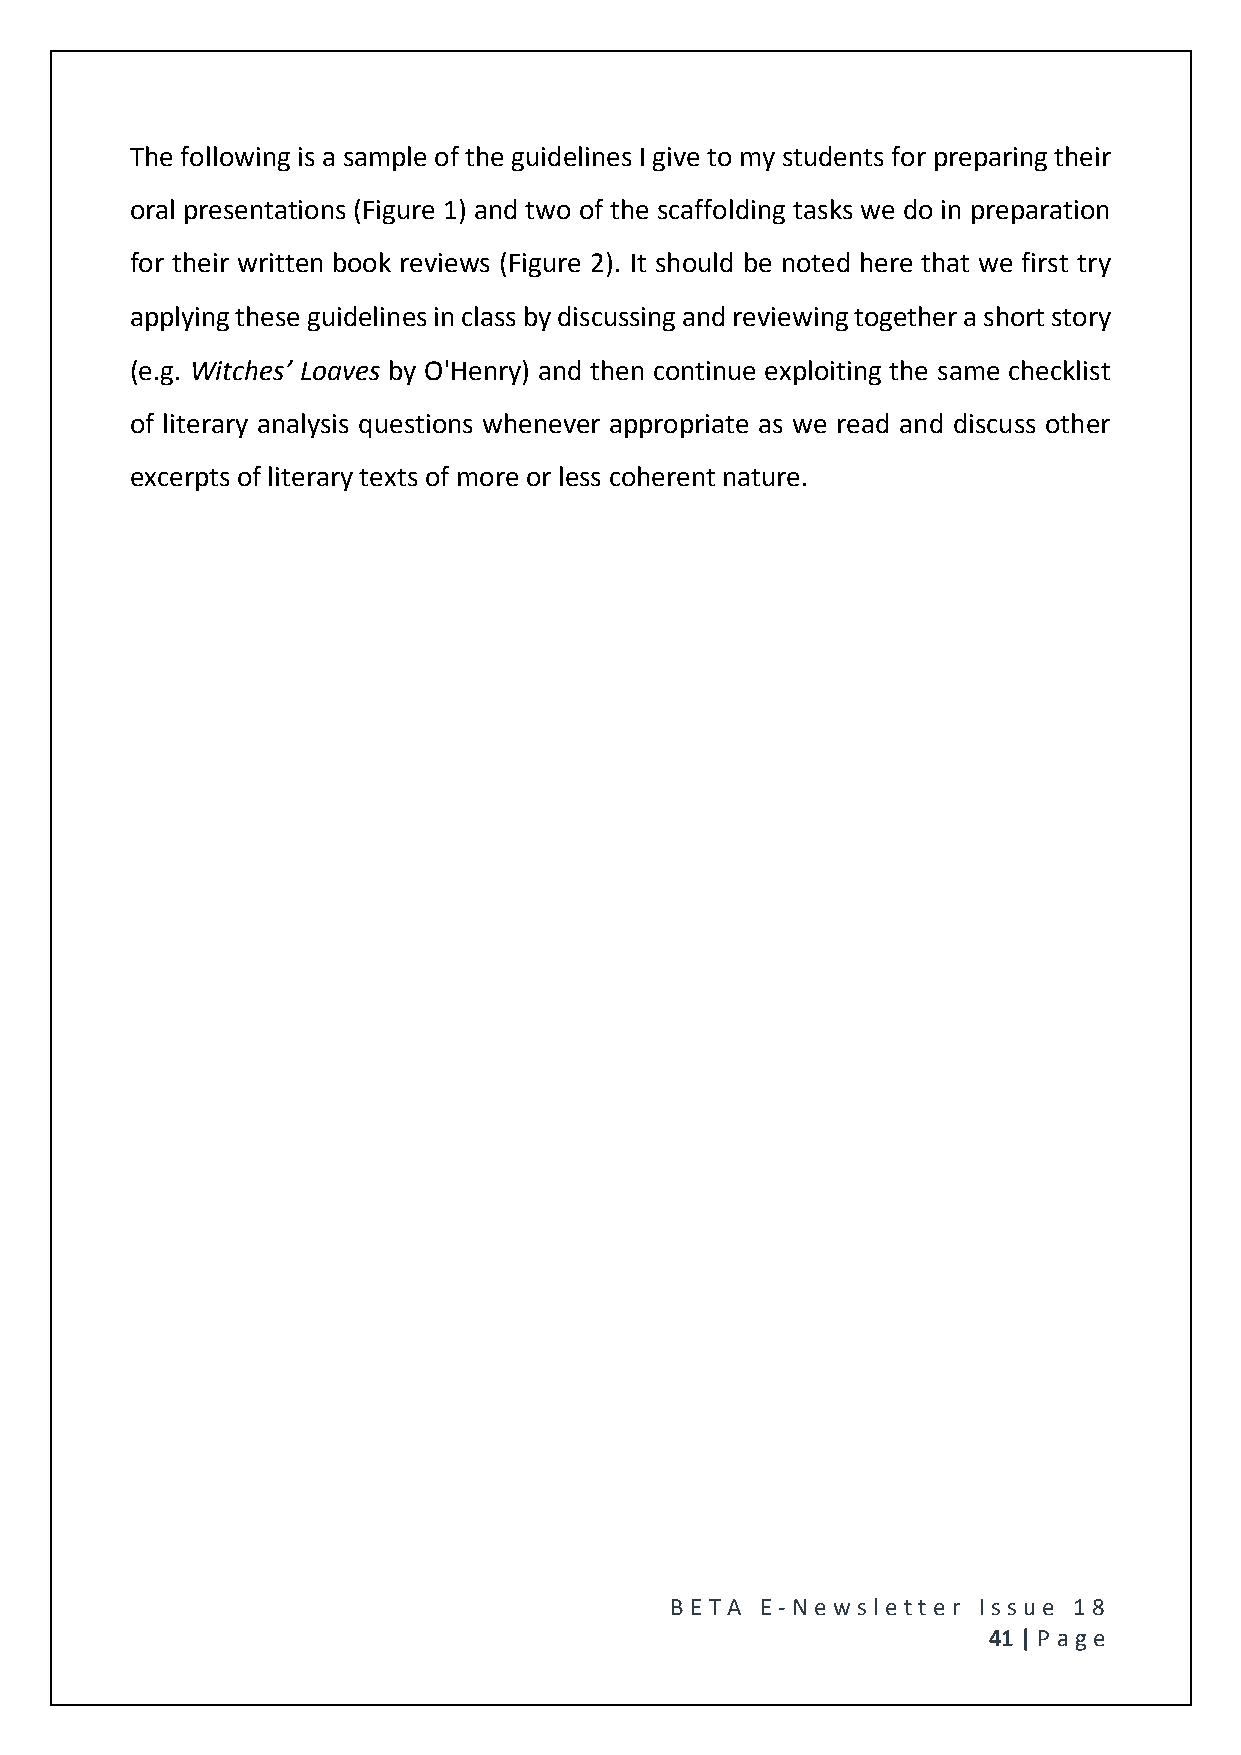
The following is a sample of the guidelines I give to my students for preparing their
 oral presentations (Figure 1) and two of the scaffolding tasks we do in preparation
 for their written book reviews (Figure 2). It should be noted here that we first try
 applying these guidelines in class by discussing and reviewing together a short story
 (e.g. Witches’ Loaves by O'Henry) and then continue exploiting the same checklist
 of literary analysis questions whenever appropriate as we read and discuss other
 excerpts of literary texts of more or less coherent nature.
 BE T A E -N e wsle tt e r Issue 18
 41 | P age